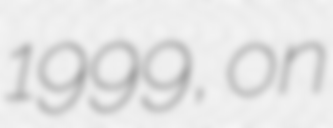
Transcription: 1999, on